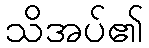
သိအပ်၏